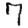
Digit: 7